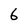
Character: 6